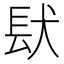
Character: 𮣺